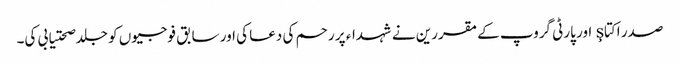
صدر اکتاş اور پارٹی گروپ کے مقررین نے شہداء پر رحم کی دعا کی اور سابق فوجیوں کو جلد صحتیابی کی۔